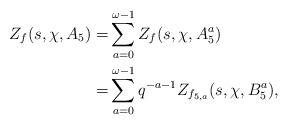
LaTeX: \begin{align*}Z_f(s, \chi, A_5)=&\sum_{a=0}^{\omega-1}{Z_f(s, \chi, A_5^a)}\\=&\sum_{a=0}^{\omega-1}q^{-a-1}Z_{f_{5, a}}(s, \chi, B_5^a),\end{align*}